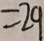
= 2 9